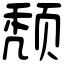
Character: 颓